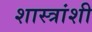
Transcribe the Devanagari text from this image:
शास्त्रांशी